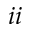
i i